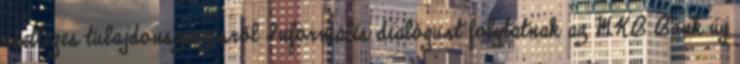
esetleges tulajdonszerzésről Informális dialógust folytatnak az MKB Bank új